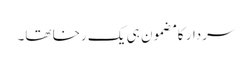
سردار کا مضمون ہی یک رخا تھا۔